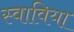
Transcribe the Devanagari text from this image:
स्वाविया